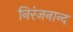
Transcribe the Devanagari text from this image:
निरंजनान्द